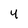
Character: 4